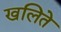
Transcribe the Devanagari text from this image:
खलिते